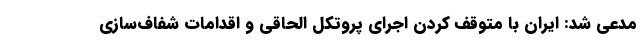
مدعی شد: ایران با متوقف کردن اجرای پروتکل الحاقی و اقدامات شفاف‌سازی